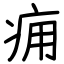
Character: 痈